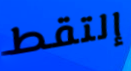
إلتقط